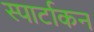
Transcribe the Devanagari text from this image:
स्पार्टाकन